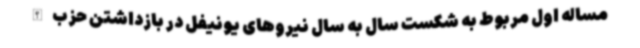
مساله اول مربوط به شکست سال به سال نیروهای یونیفل در بازداشتن حزب‌الله